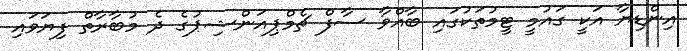
އިންޑިޔާ އަކީ ގައުމީ ޓީމުތަކުގައި ބާއްވާ ސާފް ޗެމްޕިއަންޝިޕުގެ ދެ މުބާރާތް ފިޔަވައި